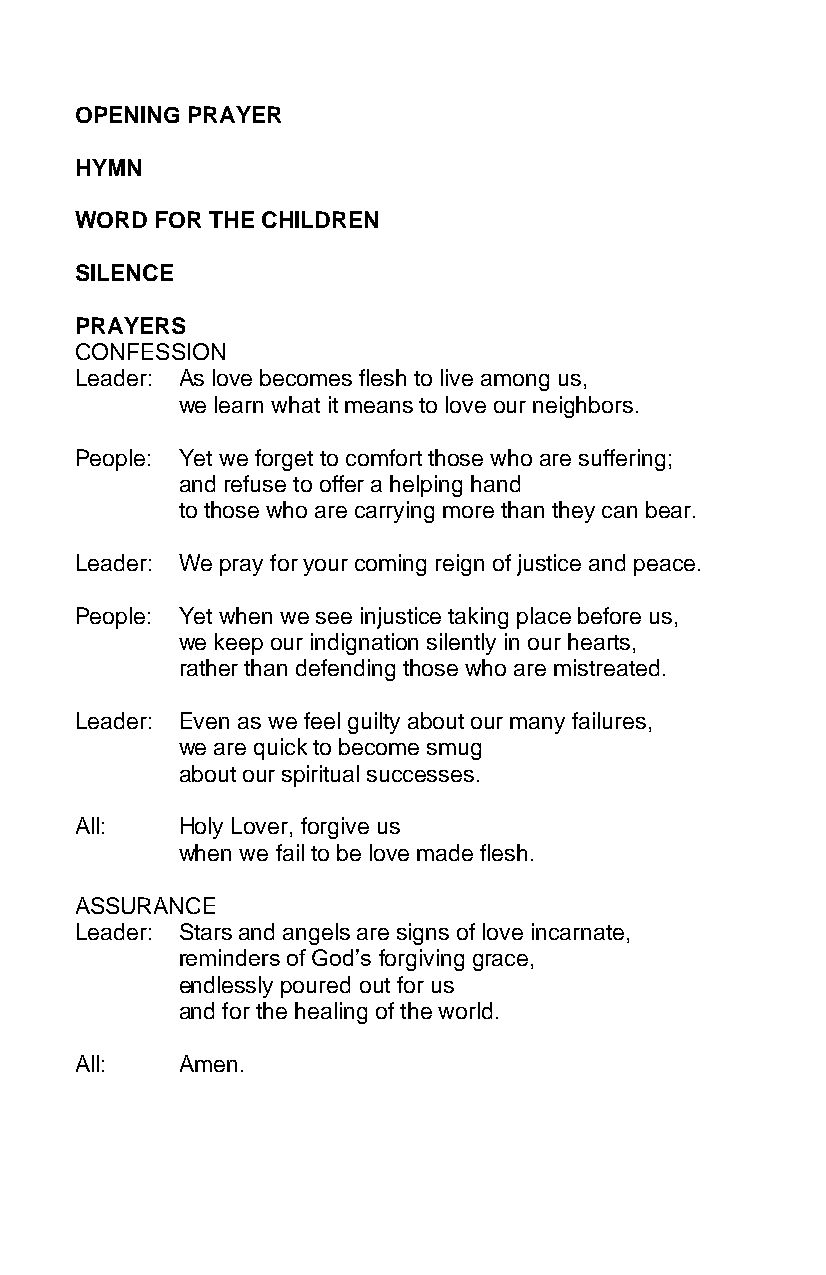
OPENING PRAYER
 HYMN
 WORD FOR THE CHILDREN
 SILENCE
 PRAYERS
 CONFESSION
 Leader: As love becomes flesh to live among us,
 we learn what it means to love our neighbors.
 People: Yet we forget to comfort those who are suffering;
 and refuse to offer a helping hand
 to those who are carrying more than they can bear.
 Leader: We pray for your coming reign of justice and peace.
 People: Yet when we see injustice taking place before us,
 we keep our indignation silently in our hearts,
 rather than defending those who are mistreated.
 Leader: Even as we feel guilty about our many failures,
 we are quick to become smug
 about our spiritual successes.
 All:   Holy Lover, forgive us
 when we fail to be love made flesh.
 ASSURANCE
 Leader: Stars and angels are signs of love incarnate,
 reminders of God’s forgiving grace,
 endlessly poured out for us
 and for the healing of the world.
 All:   Amen.